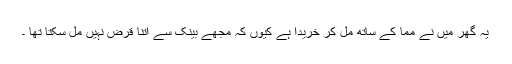
یہ گھر میں نے مما کے ساتھ مل کر خریدا ہے کیوں کہ مجھے بینک سے اتنا قرض نہیں مل سکتا تھا ۔